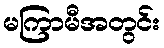
မကြာမီအတွင်း